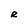
Character: R